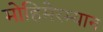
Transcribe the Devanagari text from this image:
मोहिमेरम्यान